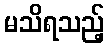
မသိရသည့်